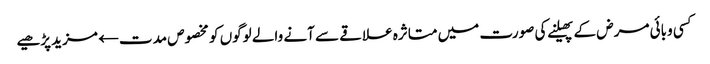
کسی وبائی مرض کے پھیلنے کی صورت میں متاثرہ علاقے سے آنے والے لوگوں کو مخصوص مدت← مزید پڑھیے